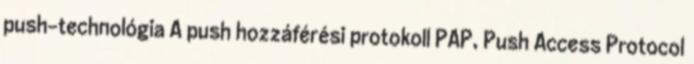
push-technológia A push hozzáférési protokoll PAP, Push Access Protocol